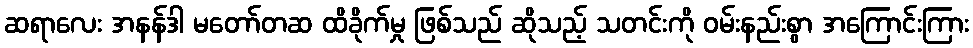
ဆရာလေး အနန်ဒါ မတော်တဆ ထိခိုက်မှု ဖြစ်သည် ဆိုသည့် သတင်းကို ဝမ်းနည်းစွာ အကြောင်းကြား